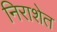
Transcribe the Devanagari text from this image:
निराशेत